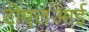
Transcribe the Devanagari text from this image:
टीएलआई